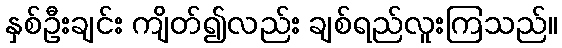
နှစ်ဦးချင်း ကျိတ်၍လည်း ချစ်ရည်လူးကြသည်။